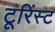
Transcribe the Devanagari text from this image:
टूरिंस्ट